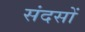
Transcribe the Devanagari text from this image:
संदसों